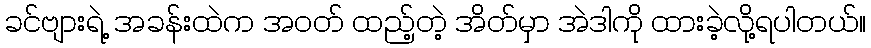
ခင်ဗျားရဲ့ အခန်းထဲက အဝတ် ထည့်တဲ့ အိတ်မှာ အဲဒါကို ထားခဲ့လို့ရပါတယ်။